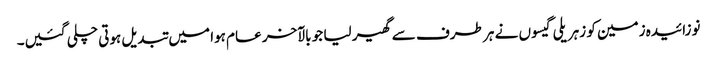
نوزائیدہ زمین کو زہریلی گیسوں نے ہر طرف سے گھیر لیا جو بالآخر عام ہوا میں تبدیل ہوتی چلی گئیں۔